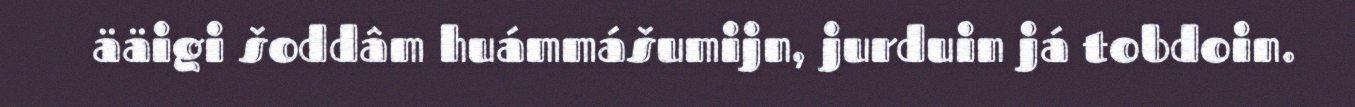
ääigi šoddâm huámmášumijn, jurduin já tobdoin.